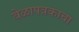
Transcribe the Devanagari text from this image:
वेळापत्रकाचा